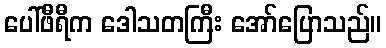
ပေါ်ဖီရီက ဒေါသတကြီး အော်ပြောသည်။